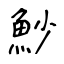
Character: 魦